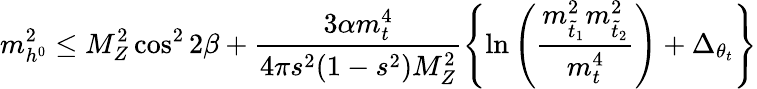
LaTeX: m_{h^{0}}^{2}\leq M_{Z}^{2}\cos^{2}2\beta+\frac{3\alpha m_{t}^{4}}{4\pi s^{2}(1-s^{2})M_{Z}^{2}}\left\{ \ln\left(\frac{m_{\tilde{t}_{1}}^{2}m_{\tilde{t}_{2}}^{2}}{m_{t}^{4}}\right)+\Delta_{\theta_{t}}\right\}